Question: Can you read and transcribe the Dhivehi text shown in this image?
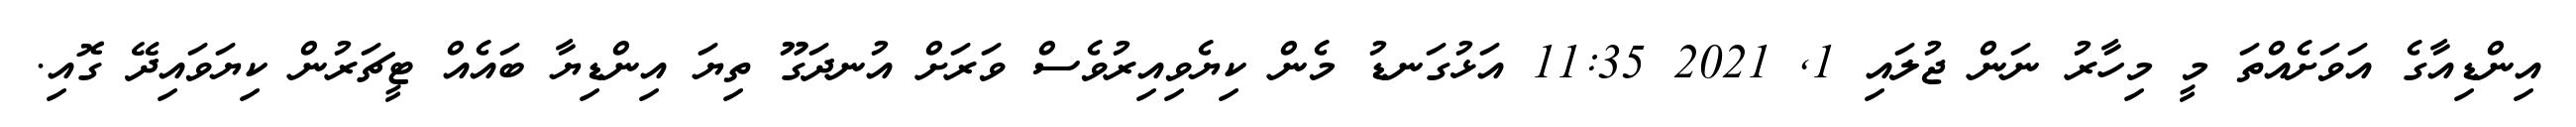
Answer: އިންޑިއާގެ އަވަށެއްތަ މީ މިހާރު ނަން ޖުލައި 1, 2021 11:35 އަޅުގަނޑު މެން ކިޔެވިއިރުވެސް ވަރަށް އުނދަގޫ ތިޔަ އިންޑިޔާ ބައެއް ޓީޗަރުން ކިޔަވައިދޭ ގޮއި.